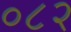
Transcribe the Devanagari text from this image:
०८२